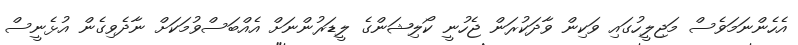
އެެހެންނަމަވެސް މަޖިލީހުގައި ވަކިން ވާދަކުރަން ޖެހުނީ ކޯލިޝަންގެ ލީޑަރުންނަށް އެއްބަސްވުމަކަށް ނާދެވިގެން އުޅެނީސް